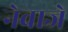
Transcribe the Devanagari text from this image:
नेवाजे